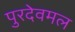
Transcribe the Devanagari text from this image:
पुरदेवमल